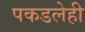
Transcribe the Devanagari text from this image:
पकडलेही